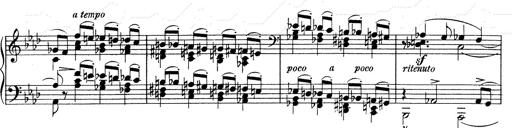
Title: Weinen, Klagen, Sorgen, Zagen
Composer: Franz Liszt